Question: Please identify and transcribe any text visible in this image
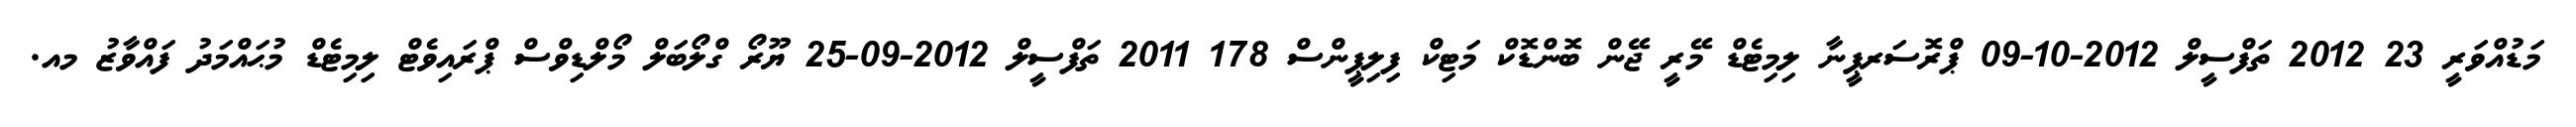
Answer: މަޑުއްވަރީ 23 2012 ތަފްސީލް 2012-10-09 ޕްރޮސަރޕީނާ ލިމިޓެޑް މޭރީ ޖޭން ބޮންޑޮކް މަޓިކް ފިލިޕީންސް 178 2011 ތަފްސީލް 2012-09-25 ޔޫރޯ ގްލޯބަލް މޯލްޑިވްސް ޕްރައިވެޓް ލިމިޓެޑް މުޙައްމަދު ފައްވާޒު މއ.